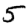
Digit: 5